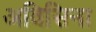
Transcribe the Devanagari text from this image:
अविसिना